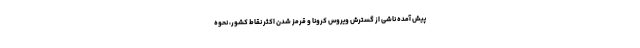
پیش آمده ناشی از گسترش ویروس کرونا و قرمز شدن اکثر نقاط کشور، نحوه